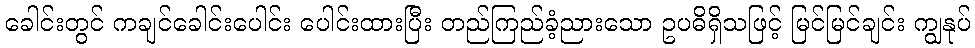
ခေါင်းတွင် ကချင်ခေါင်းပေါင်း ပေါင်းထားပြီး တည်ကြည်ခံ့ညားသော ဥပဓိရှိသဖြင့် မြင်မြင်ချင်း ကျွနုပ်